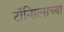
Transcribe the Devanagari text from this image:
टॉन्सिल्सच्या